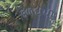
ફળદાયી